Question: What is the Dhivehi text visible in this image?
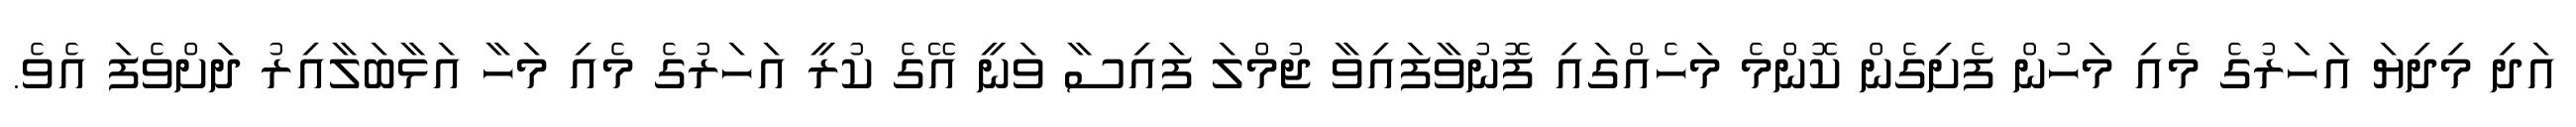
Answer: އަދި މިދިޔަ އަހަރުގެ މެއި މަހުން ފެށިގެން ކޮންމެ މަހެއްގައި ފޮނުވާފައިވާ ޖުމްލަ ފައިސާ ވަނީ އޭގެ ކުރީ އަހަރުގެ މެއި މަހާ އަޅާބަލާއިރު ދަށްވެފަ އެވެ.